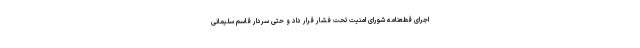
اجرای قطعنامه شورای امنیت تحت فشار قرار داد و حتی سردار قاسم سلیمانی